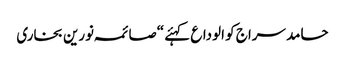
حامد سراج کو الوداع کہئے “صائمہ نورین بخاری